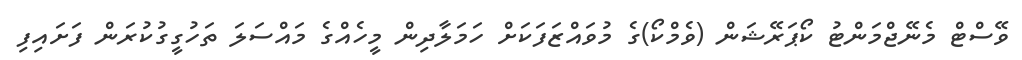
ވޭސްޓް މެނޭޖްމަންޓު ކޯޕަރޭޝަން (ވެމްކޯ)ގެ މުވައްޒަފަކަށް ހަމަލާދިން މީހެއްގެ މައްސަލަ ތަހުގީގުކުރަން ފަށައިފި